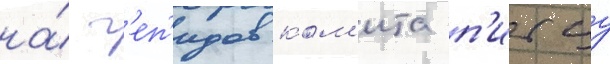
на́ г'еп'идов ком'ита п'итцу